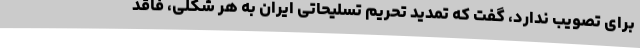
برای تصویب ندارد، گفت که تمدید تحریم تسلیحاتی ایران به هر شکلی، فاقد